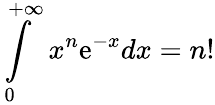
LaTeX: \int\limits_{0}^{+\infty}x^{n}\mathrm{e}^{-x}dx=n!